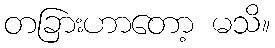
တခြားဟာတော့ မသိ။